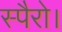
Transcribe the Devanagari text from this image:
स्पैरो।